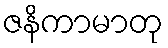
ဇနိကာမာတု